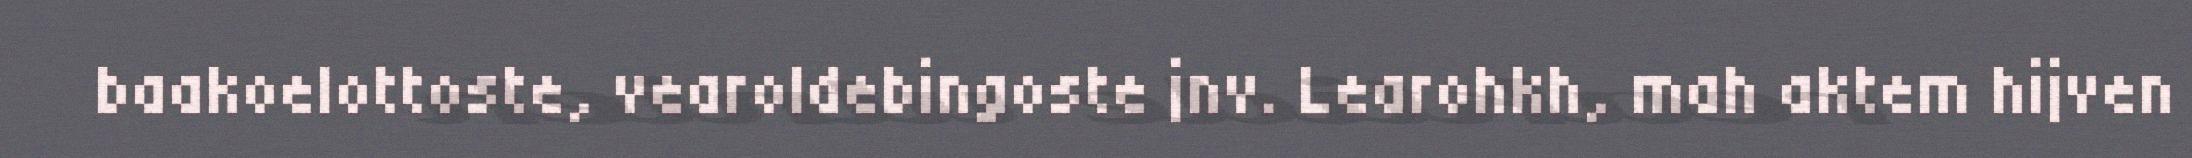
baakoelottoste, vearoldebingoste jnv. Learohkh, mah aktem hijven